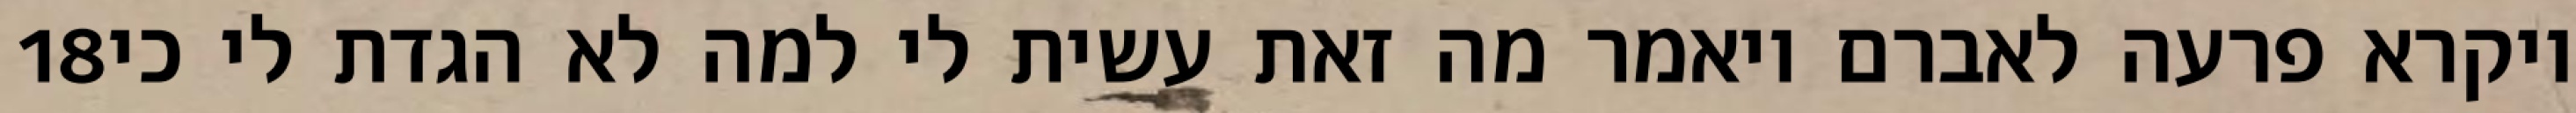
‎18‏ ויקרא פרעה לאברם ויאמר מה זאת עשית לי למה לא הגדת לי כי